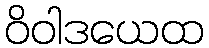
ဝိဝါဒယေထ